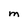
Character: M